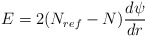
\begin{align*}E = 2(N_{ref} - N) \frac{d \psi}{dr} \end{align*}